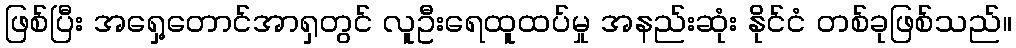
ဖြစ်ပြီး အရှေ့တောင်အာရှတွင် လူဦးရေထူထပ်မှု အနည်းဆုံး နိုင်ငံ တစ်ခုဖြစ်သည်။